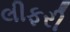
લીફરી